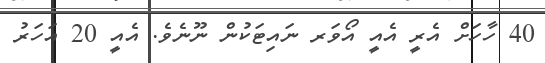
40 ހާހަށް އެެރީ އެއީ އޯވަރ ނައިޓަކުން ނޫނެވެ. އެއީ 20 އަހަރު